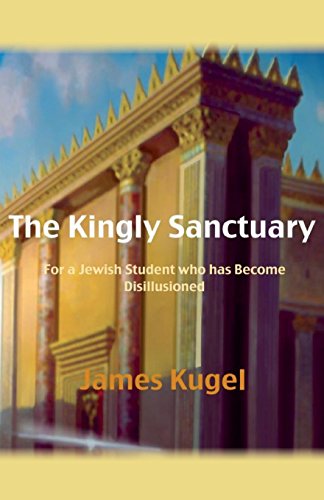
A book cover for The Kingly Sanctuary; James Kugel; Religion & Spirituality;